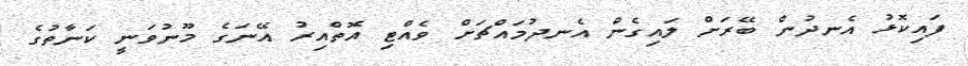
ފައިކޮޅު އެނދުން ބޭރަށް ލައިގެން އެނދުމައްޗަށް ވެއްޓި އޮތްއިރު އޭނަގެ މޫނުވަނީ ކަނާތުގެ